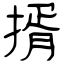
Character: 揟